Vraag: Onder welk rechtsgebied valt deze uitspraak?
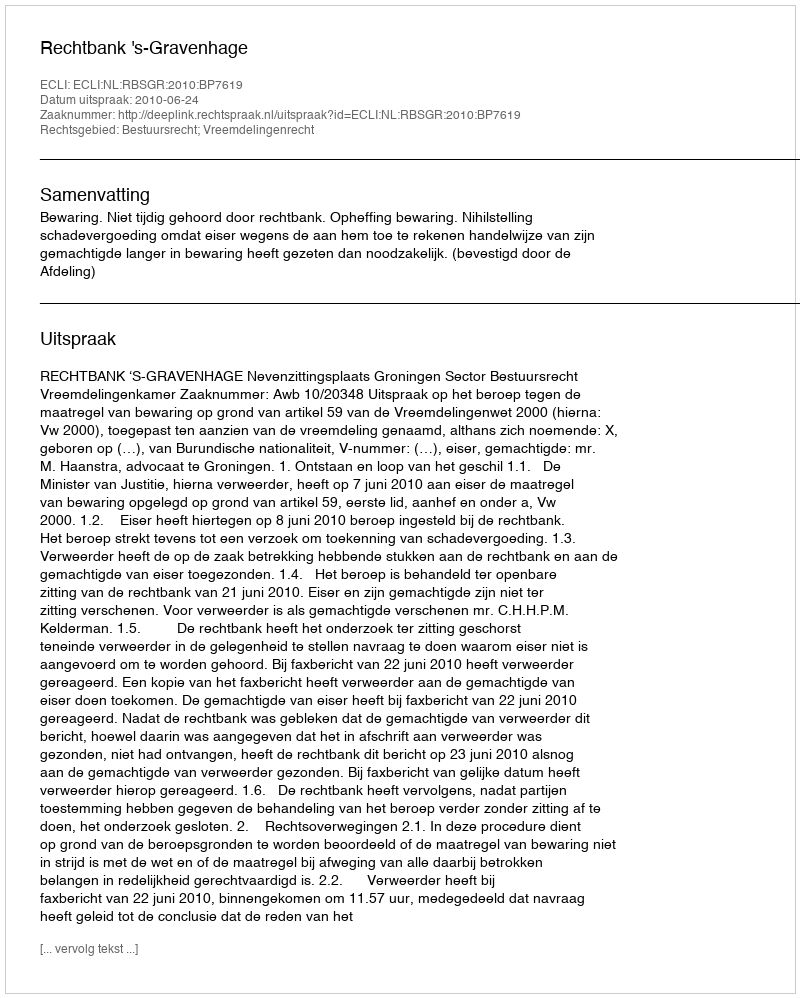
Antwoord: Bestuursrecht; Vreemdelingenrecht